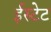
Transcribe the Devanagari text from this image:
ईस्टेट